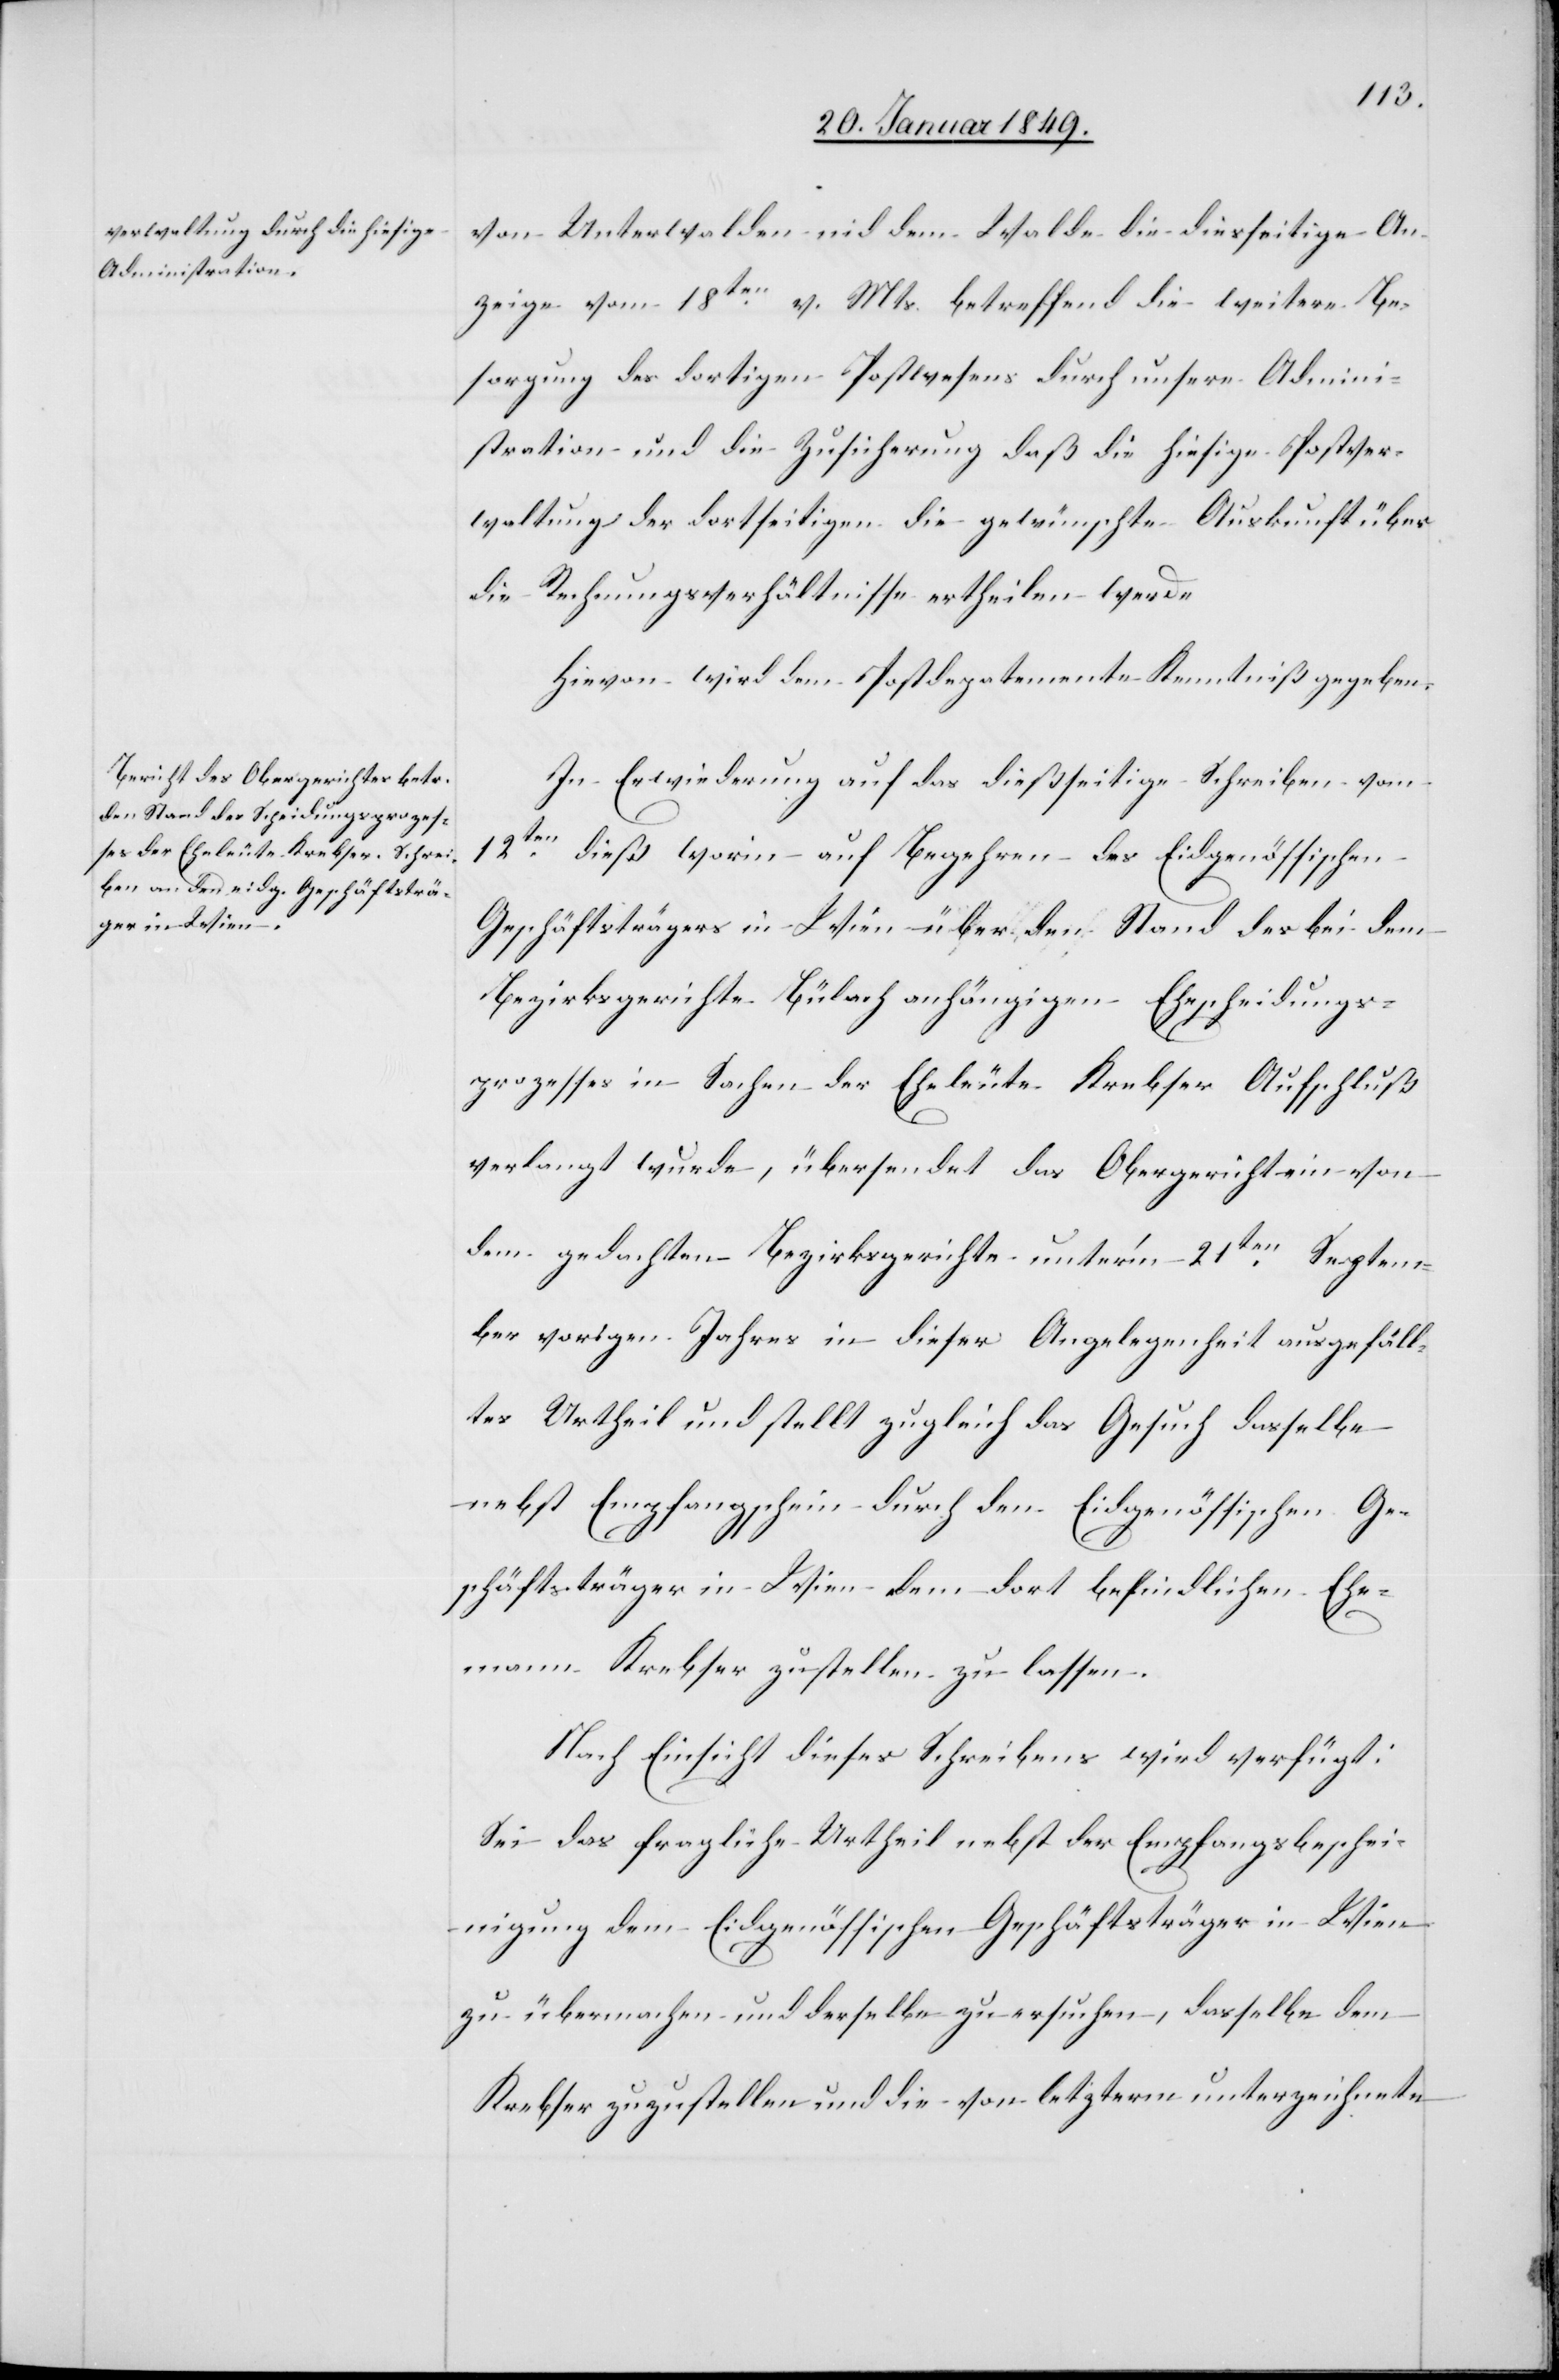
25. Januar 1849.]
von Unterwalden nid dem Walde die diesseitige An¬
zeige vom 18ten. v. Mts. betreffend die weitere Be¬
sorgung des dortigen Postwesens durch unsere Admini¬
stration und die Zusicherung daß die hiesige Postver¬
waltung der dortseitigen die gewünschte Auskunft über
die Rechnungsverhältnisse ertheilen werde
Hievon wird dem Postdepartemente Kenntniß gegeben.
In Erwiederung auf das dießseitige Schreiben vom
12ten. dieß worin auf Begehren des Eidgenössischen
Geschäftsträgers in Wien über den Stand des bei dem
Bezirksgerichte Bülach anhängigen Ehescheidungs¬
prozesses in Sachen der Eheleute Krebser Aufschluß
verlangt wurde, übersendet das Obergericht ein von
dem gedachten Bezirksgerichte unter’m 21ten. Septem¬
ber vorigen Jahres in dieser Angelegenheit ausgefäll¬
tes Urtheil und stellt zugleich das Gesuch dasselbe
nebst Empfangschein durch den Eidgenössischen Ge¬
schäftsträger in Wien dem dort befindlichen Ehe¬
mann Krebser zustellen zu lassen.
Nach Einsicht dieses Schreibens wird verfügt:
Sei das fragliche Urtheil nebst der Empfangsbeschei¬
nigung dem Eidgenössischen Geschäftsträger in Wien
zu übermachen und derselbe zu ersuchen, dasselbe dem
Krebser zuzustellen und die von letzterm unterzeichnete